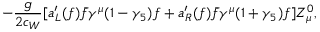
- \frac { g } { 2 c _ { W } } [ a _ { L } ^ { \prime } ( f ) \bar { f } \gamma ^ { \mu } ( 1 - \gamma _ { 5 } ) f + a _ { R } ^ { \prime } ( f ) \bar { f } \gamma ^ { \mu } ( 1 + \gamma _ { 5 } ) f ] Z _ { \mu } ^ { 0 } ,